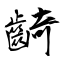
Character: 齮